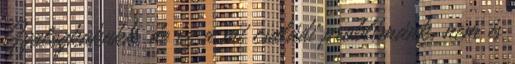
Gyalogkakukk, de ez a mi családi problémánk, nem is